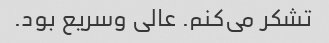
تشکر می‌کنم. عالی وسریع بود.